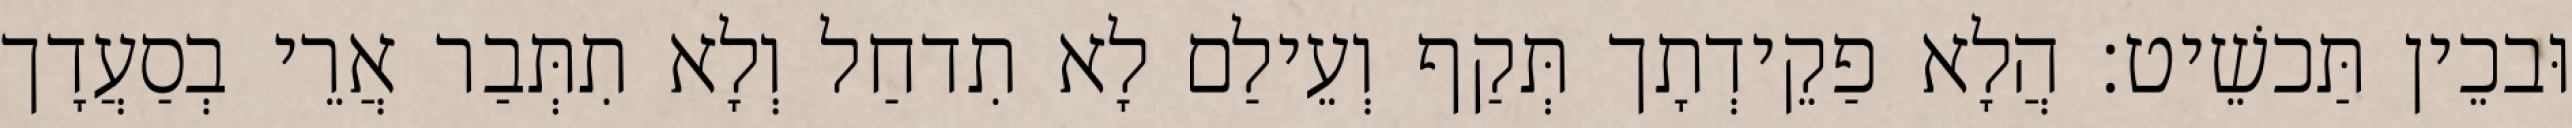
וּבכֵין תַּכשֵׁיט׃ הֲלָא פַקֵידְתָך תְּקַף וְעֵילַם לָא תִדחַל וְלָא תִתְּבַר אֲרֵי בְסַעֲדָך